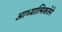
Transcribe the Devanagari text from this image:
आध्यात्मिकतेने